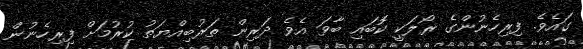
ގައެވެ. ފިރިހެނުންގެ ރޯލަކީ ކޮބައި ބާވަ އެވެ ދަރިން ތަރުބިއްޔަތު ކުރުމަށް ފިރިހެނުން